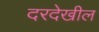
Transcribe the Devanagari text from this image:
दरदेखील